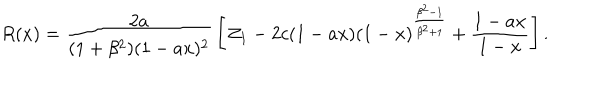
LaTeX: R ( x ) = { \frac { 2 a } { ( 1 + \beta ^ { 2 } ) ( 1 - a x ) ^ { 2 } } } \left[ { \cal Z } _ { 1 } - 2 c ( 1 - a x ) ( 1 - x ) ^ { \frac { \beta ^ { 2 } - 1 } { \beta ^ { 2 } + 1 } } + { \frac { 1 - a x } { 1 - x } } \right] .